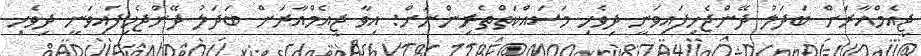
ޖީއެމްއާރަށް ބަދަލު ދޭންޖެހިފައިވަނީ ދިވެހި މަސައްކަތްތެރިންނަށް: އިވާ ޖީއެމްއާރަށް ބަދަލު ދޭންޖެހިފައިވަނީ ދިވެހި